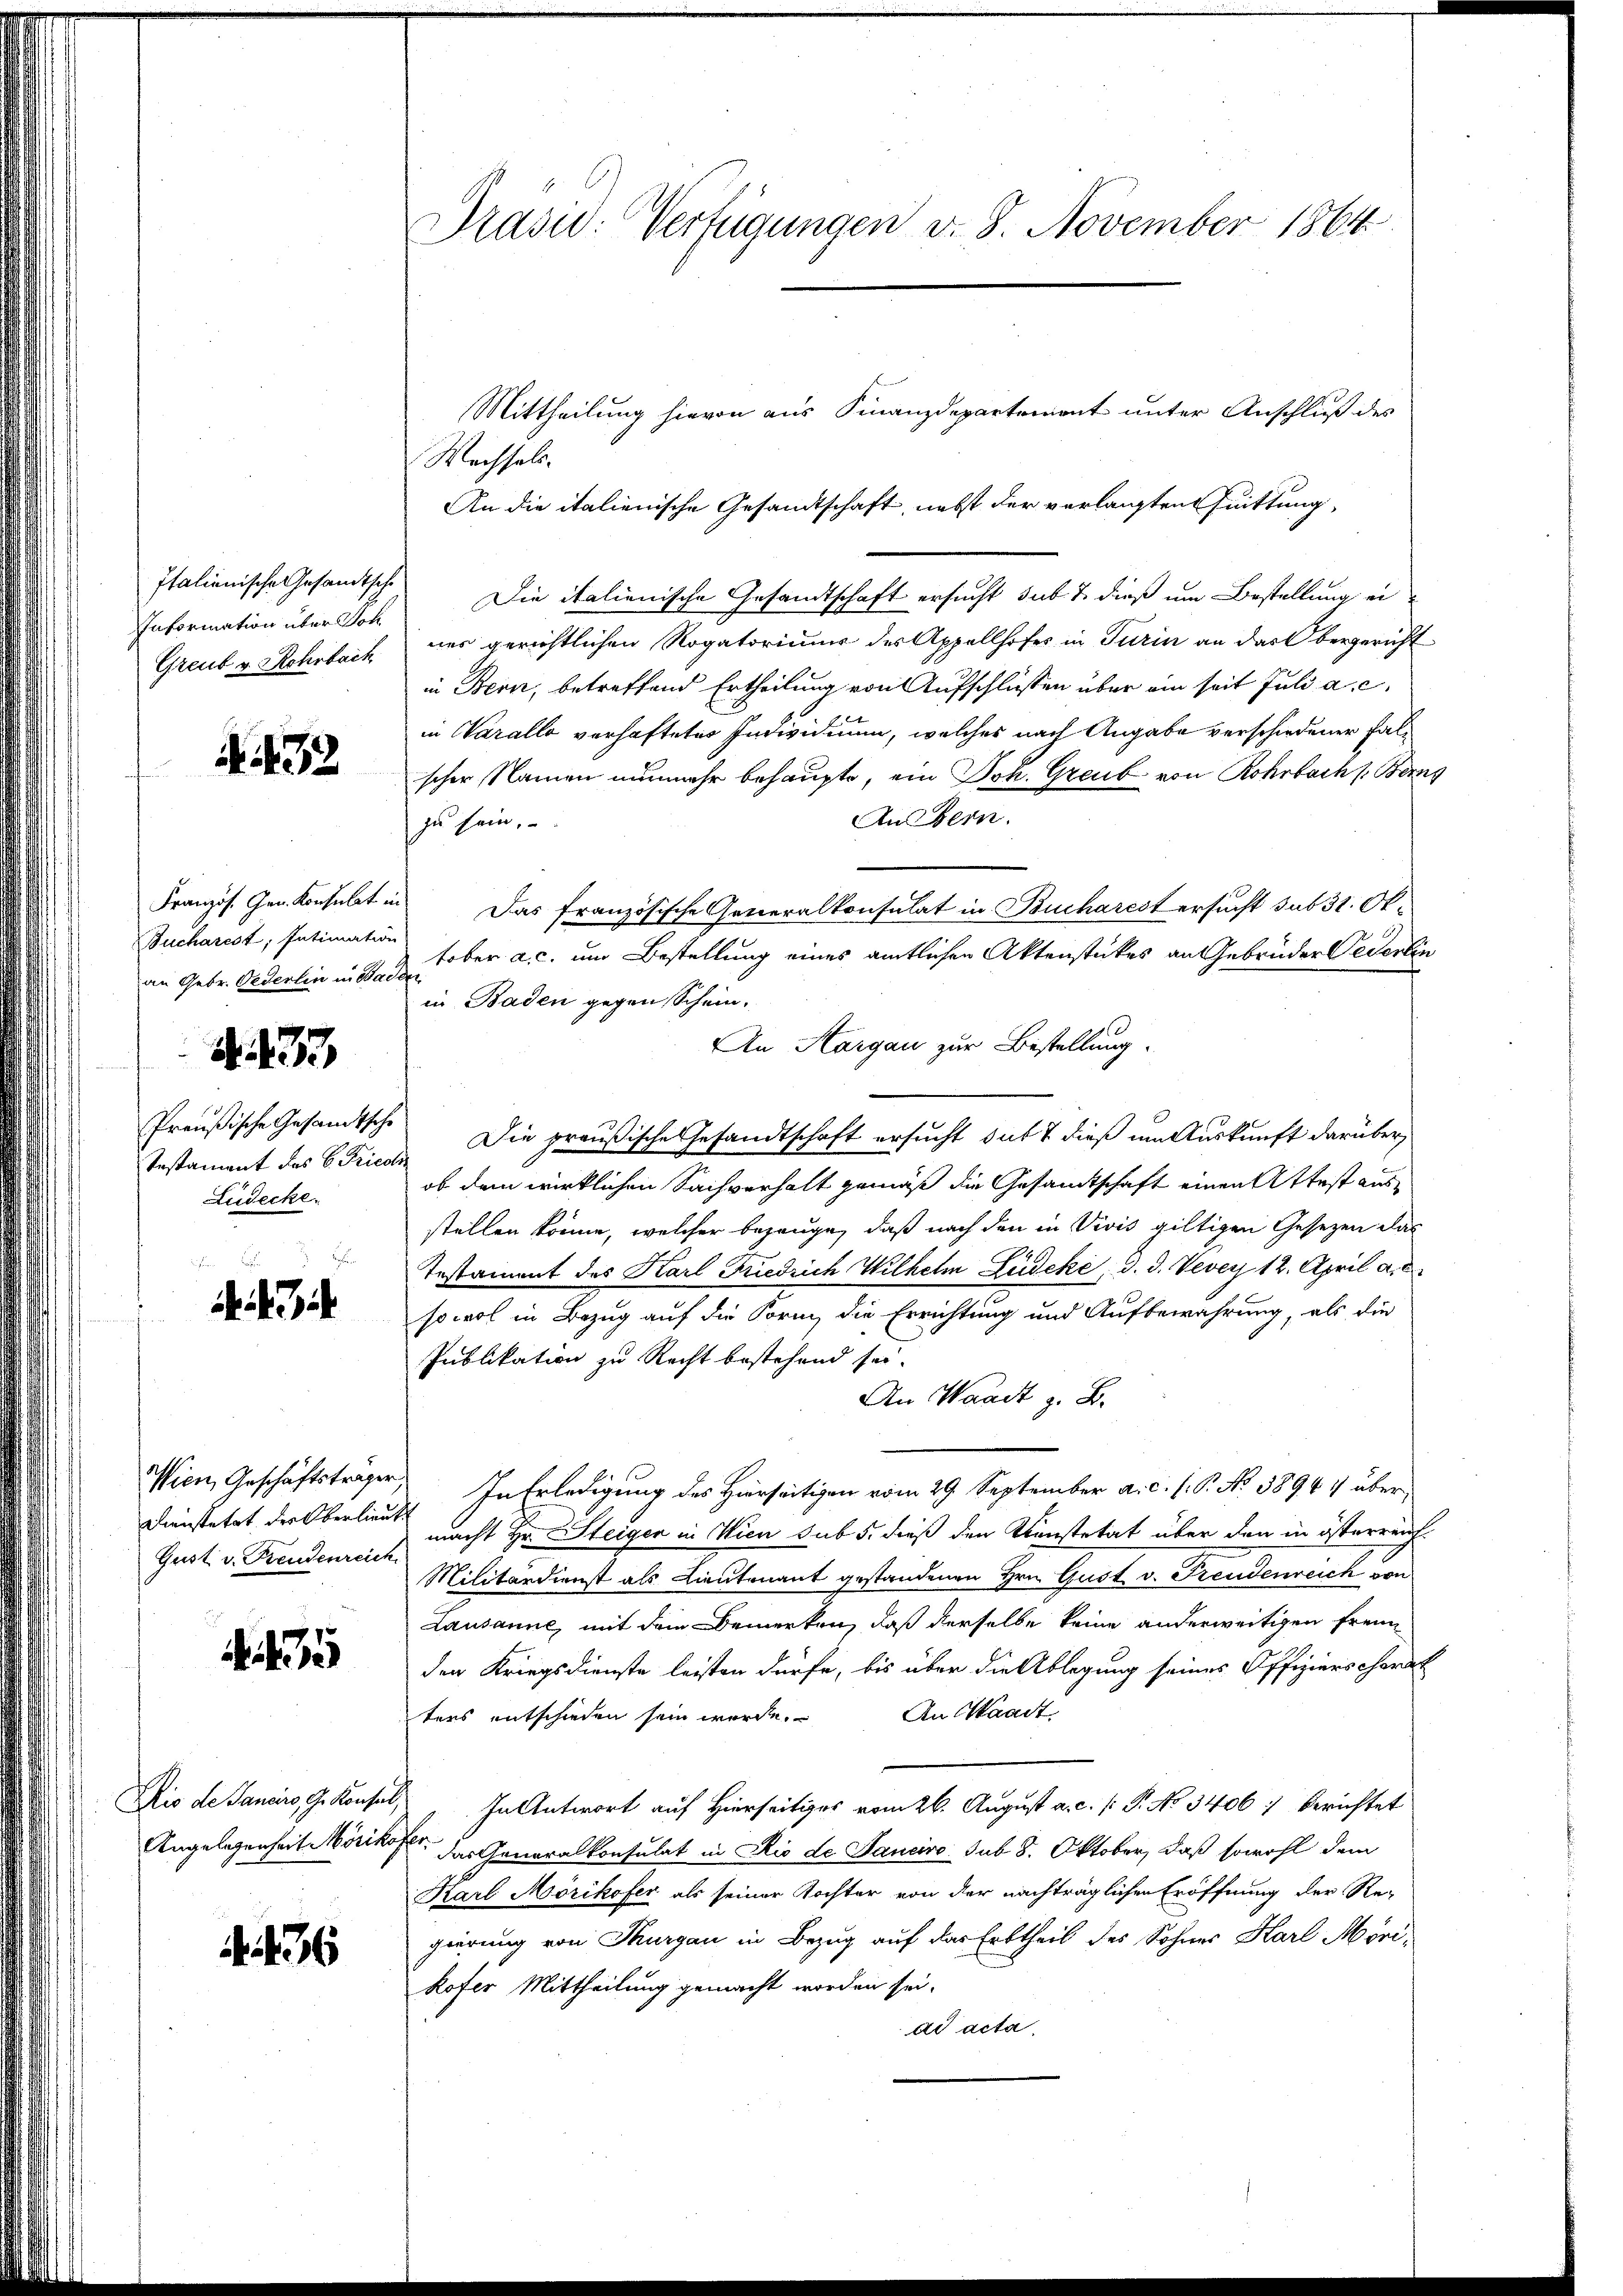
Information über Joh
Greut v. Rohrbach

N. 432

Bucharest, Intimation
an Gebr. Oederlin in Badder
A. 37
Testament des C. Fried
Ludecke.

H
e
7

Dienstetat der Oberlieute
Gust. v. Freudenreich

75

436

Prasw: Verfügungen v. 8. November 1864

Mittheilung hievon aus Finanzdepartement unter Anschluß des
Wechsels.
An die italienische Gesandtschaft, nebst der verlangten Quittung
Italienische Gesandtsch. Die italienische Gesandtschaft ersucht sub. 2. dieß um Bestellung eines gerichtlichen Rogatoriuum des Appellhofes in Turin an das Obergericht
in Bern, betreffend Ertheilung von Aufschlüssen über ein seit Juli a. c.
in Varallo vorhaftetes Individium, welches nach Angabe verschiedener Falscher Namen nunmehr behaupte, ein Joh. Graub von Rohrbach Berns
An Bern.
zu sein.
Französ. Gen. Konsulat in Das französische Generalkonsulat in Bucharest ersucht sub 31. Oktober a. c. um Bestellung eines amtlichen Aktenstückes an Gebrüder Cederlin
in Baden gegen Schein.
An Hargau zur Bestellung.
Preußische Gesandtsche Die preußische Gesandtschaft ersucht, das 7 dieß um Auskunft darüber
ob dem wirklichen Sachverhalt gemäß die Gesandtschaft einen Attest ausstellen könne, welcher bezeuge, daß nach den in Vivis giltigen Gesetzen das
Testament des Karl Friedrich Wilhelm Ludeke, d. d. Vevey 12. April a.
sowol in Bezug auf die Form, die Errichtung und Aufbewahrung, als die
Publikation zu Recht bestehend sei.
An Waadt z. B.
Wien, Geschäftsträger, In Erledigung des Hierseitigen vom 29. September a. c. l. P. No. 58964 übermacht Hr. Steiger in Wien sub 5. dieß den Konstetät über den in österrauf
Militärdienst als Lieutenant gestandenen Hrn. Gust v. Freudenreich von
Lausanne, mit dem Bemerken, daß derselbe keine anderweitigen Freunden Kriegsdienste leisten dürfe, bis über die Ablegung seines Offizierscharakt
ters entschieden sein werde. An Waadt
Dis de Sancirs, G. Konsul, In Antwort auf Hierseitiges vom 26. August a. c. s. P. No 3406) berichtet
Angelegenheit Mörikofer, das Generalkonsulat in Rio de Sanciro sub 8. Oktober, daß sowohl dem
Karl Mörikofer als seiner Tochter von der nachträglichen Eröffnung der Re-
gierung von Thurgau in Bezug auf das Erbtheil des Sohnes Harl Mörikofer Mittheilung gemacht worden sei.
ad acta.